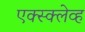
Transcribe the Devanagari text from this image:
एक्स्क्लेव्ह